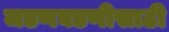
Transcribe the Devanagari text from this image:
जडणघडणीसाठी